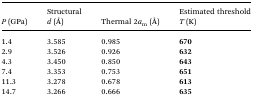
<table><thead><tr><td><b><i>P</i> (GPa)</b></td><td><b>Structural <i>d</i> (Å)</b></td><td><b>Thermal 2<i>a</i><sub>m</sub> (Å)</b></td><td><b>Estimated threshold <i>T</i> (K)</b></td></tr></thead><tbody><tr><td>1.4</td><td>3.585</td><td>0.985</td><td><b>670</b></td></tr><tr><td>2.9</td><td>3.526</td><td>0.926</td><td><b>632</b></td></tr><tr><td>4.3</td><td>3.450</td><td>0.850</td><td><b>643</b></td></tr><tr><td>7.4</td><td>3.353</td><td>0.753</td><td><b>651</b></td></tr><tr><td>11.3</td><td>3.278</td><td>0.678</td><td><b>613</b></td></tr><tr><td>14.7</td><td>3.266</td><td>0.666</td><td><b>635</b></td></tr></tbody></table>